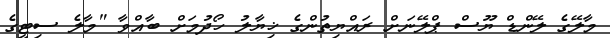
މާލޭގެ ލޭންޑް ޔޫސް ޕްލޭނަށް ރައްޔިތުންގެ ޚިޔާލު ހޯދުމަށް ބާއްވާ "މާލެ ސިޓީގެ